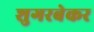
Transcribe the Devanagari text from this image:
शुगरबेकर